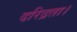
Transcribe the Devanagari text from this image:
दरिद्रता।